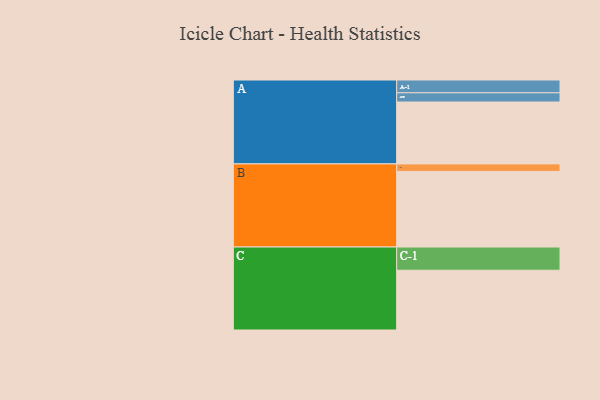
{"axis": {"x": "Segment", "y": "Value"}, "legend": ["", "A", "B", "C"], "data": [{"x": "A", "y": 464, "type": ""}, {"x": "B", "y": 567, "type": ""}, {"x": "C", "y": 448, "type": ""}, {"x": "A-1", "y": 96, "type": "A"}, {"x": "A-2", "y": 69, "type": "A"}, {"x": "B-1", "y": 56, "type": "B"}, {"x": "C-1", "y": 174, "type": "C"}]}